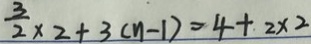
\frac { 3 } { 2 } \times 2 + 3 ( n - 1 ) = 4 + 2 \times 2